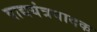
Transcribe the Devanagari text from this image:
वाद्ययंत्रवादक